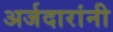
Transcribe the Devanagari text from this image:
अर्जदारांनी